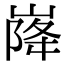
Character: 𡹷